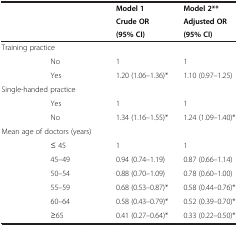
<table><thead><tr><td rowspan="2" colspan="2"><b> </b></td><td><b>Model 1</b></td><td><b>Model 2**</b></td></tr><tr><td><b>Crude OR</b></td><td><b>Adjusted OR</b></td></tr><tr><td><b> </b></td><td><b> </b></td><td><b>(95% CI)</b></td><td><b>(95% CI)</b></td></tr></thead><tbody><tr><td colspan="2">Training practice</td><td> </td><td> </td></tr><tr><td> </td><td>No</td><td>1</td><td>1</td></tr><tr><td> </td><td>Yes</td><td>1.20 (1.06–1.36)*</td><td>1.10 (0.97–1.25)</td></tr><tr><td colspan="2">Single-handed practice</td><td> </td><td> </td></tr><tr><td> </td><td>Yes</td><td>1</td><td>1</td></tr><tr><td> </td><td>No</td><td>1.34 (1.16–1.55)*</td><td>1.24 (1.09–1.40)*</td></tr><tr><td colspan="2">Mean age of doctors (years)</td><td> </td><td> </td></tr><tr><td> </td><td>≤ 45</td><td>1</td><td>1</td></tr><tr><td> </td><td>45–49</td><td>0.94 (0.74–1.19)</td><td>0.87 (0.66–1.14)</td></tr><tr><td> </td><td>50–54</td><td>0.88 (0.70–1.09)</td><td>0.78 (0.60–1.00)</td></tr><tr><td> </td><td>55–59</td><td>0.68 (0.53–0.87)*</td><td>0.58 (0.44–0.76)*</td></tr><tr><td> </td><td>60–64</td><td>0.58 (0.43–0.79)*</td><td>0.52 (0.39–0.70)*</td></tr><tr><td> </td><td>≥65</td><td>0.41 (0.27–0.64)*</td><td>0.33 (0.22–0.50)*</td></tr></tbody></table>